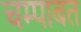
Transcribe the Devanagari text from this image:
चम्पाबत